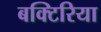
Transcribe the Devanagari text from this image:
बक्टिरिया